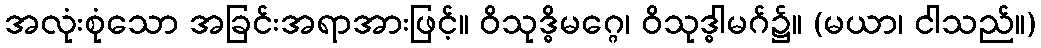
အလုံးစုံသော အခြင်းအရာအားဖြင့်။ ဝိသုဒ္ဓိမဂ္ဂေ၊ ဝိသုဒ္ဓါမဂ်၌။ (မယာ၊ ငါသည်။)